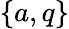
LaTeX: \{ a,q\}